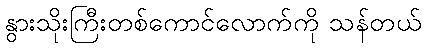
နွားသိုးကြီးတစ်ကောင်လောက်ကို သန်တယ်